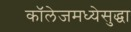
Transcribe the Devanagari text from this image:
कॉलेजमध्येसुद्धा